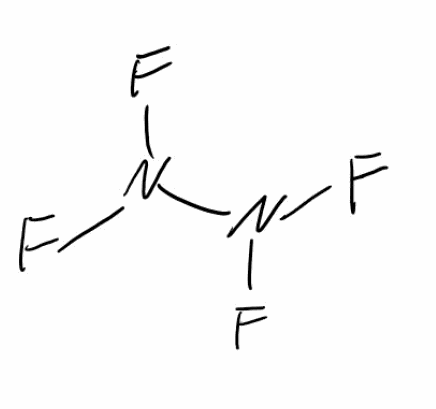
Simplified molecular-input line-entry system (SMILES) notation of the given molecule:
N(N(F)F)(F)F